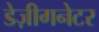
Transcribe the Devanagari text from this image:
डेज़ीगनेटर